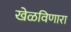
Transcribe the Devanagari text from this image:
खेळविणारा